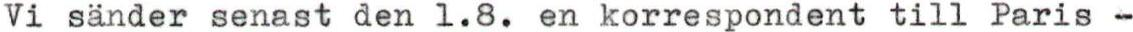
Vi sänder senast den 1.8. en korrespondent till Paris -